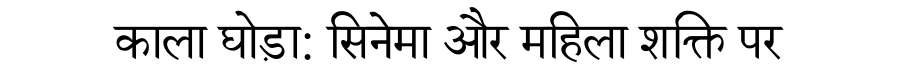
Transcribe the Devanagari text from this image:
काला घोड़ा: सिनेमा और महिला शक्ति पर